Maemoisa_(Sinalepa)_vallavalitsus, lk 28
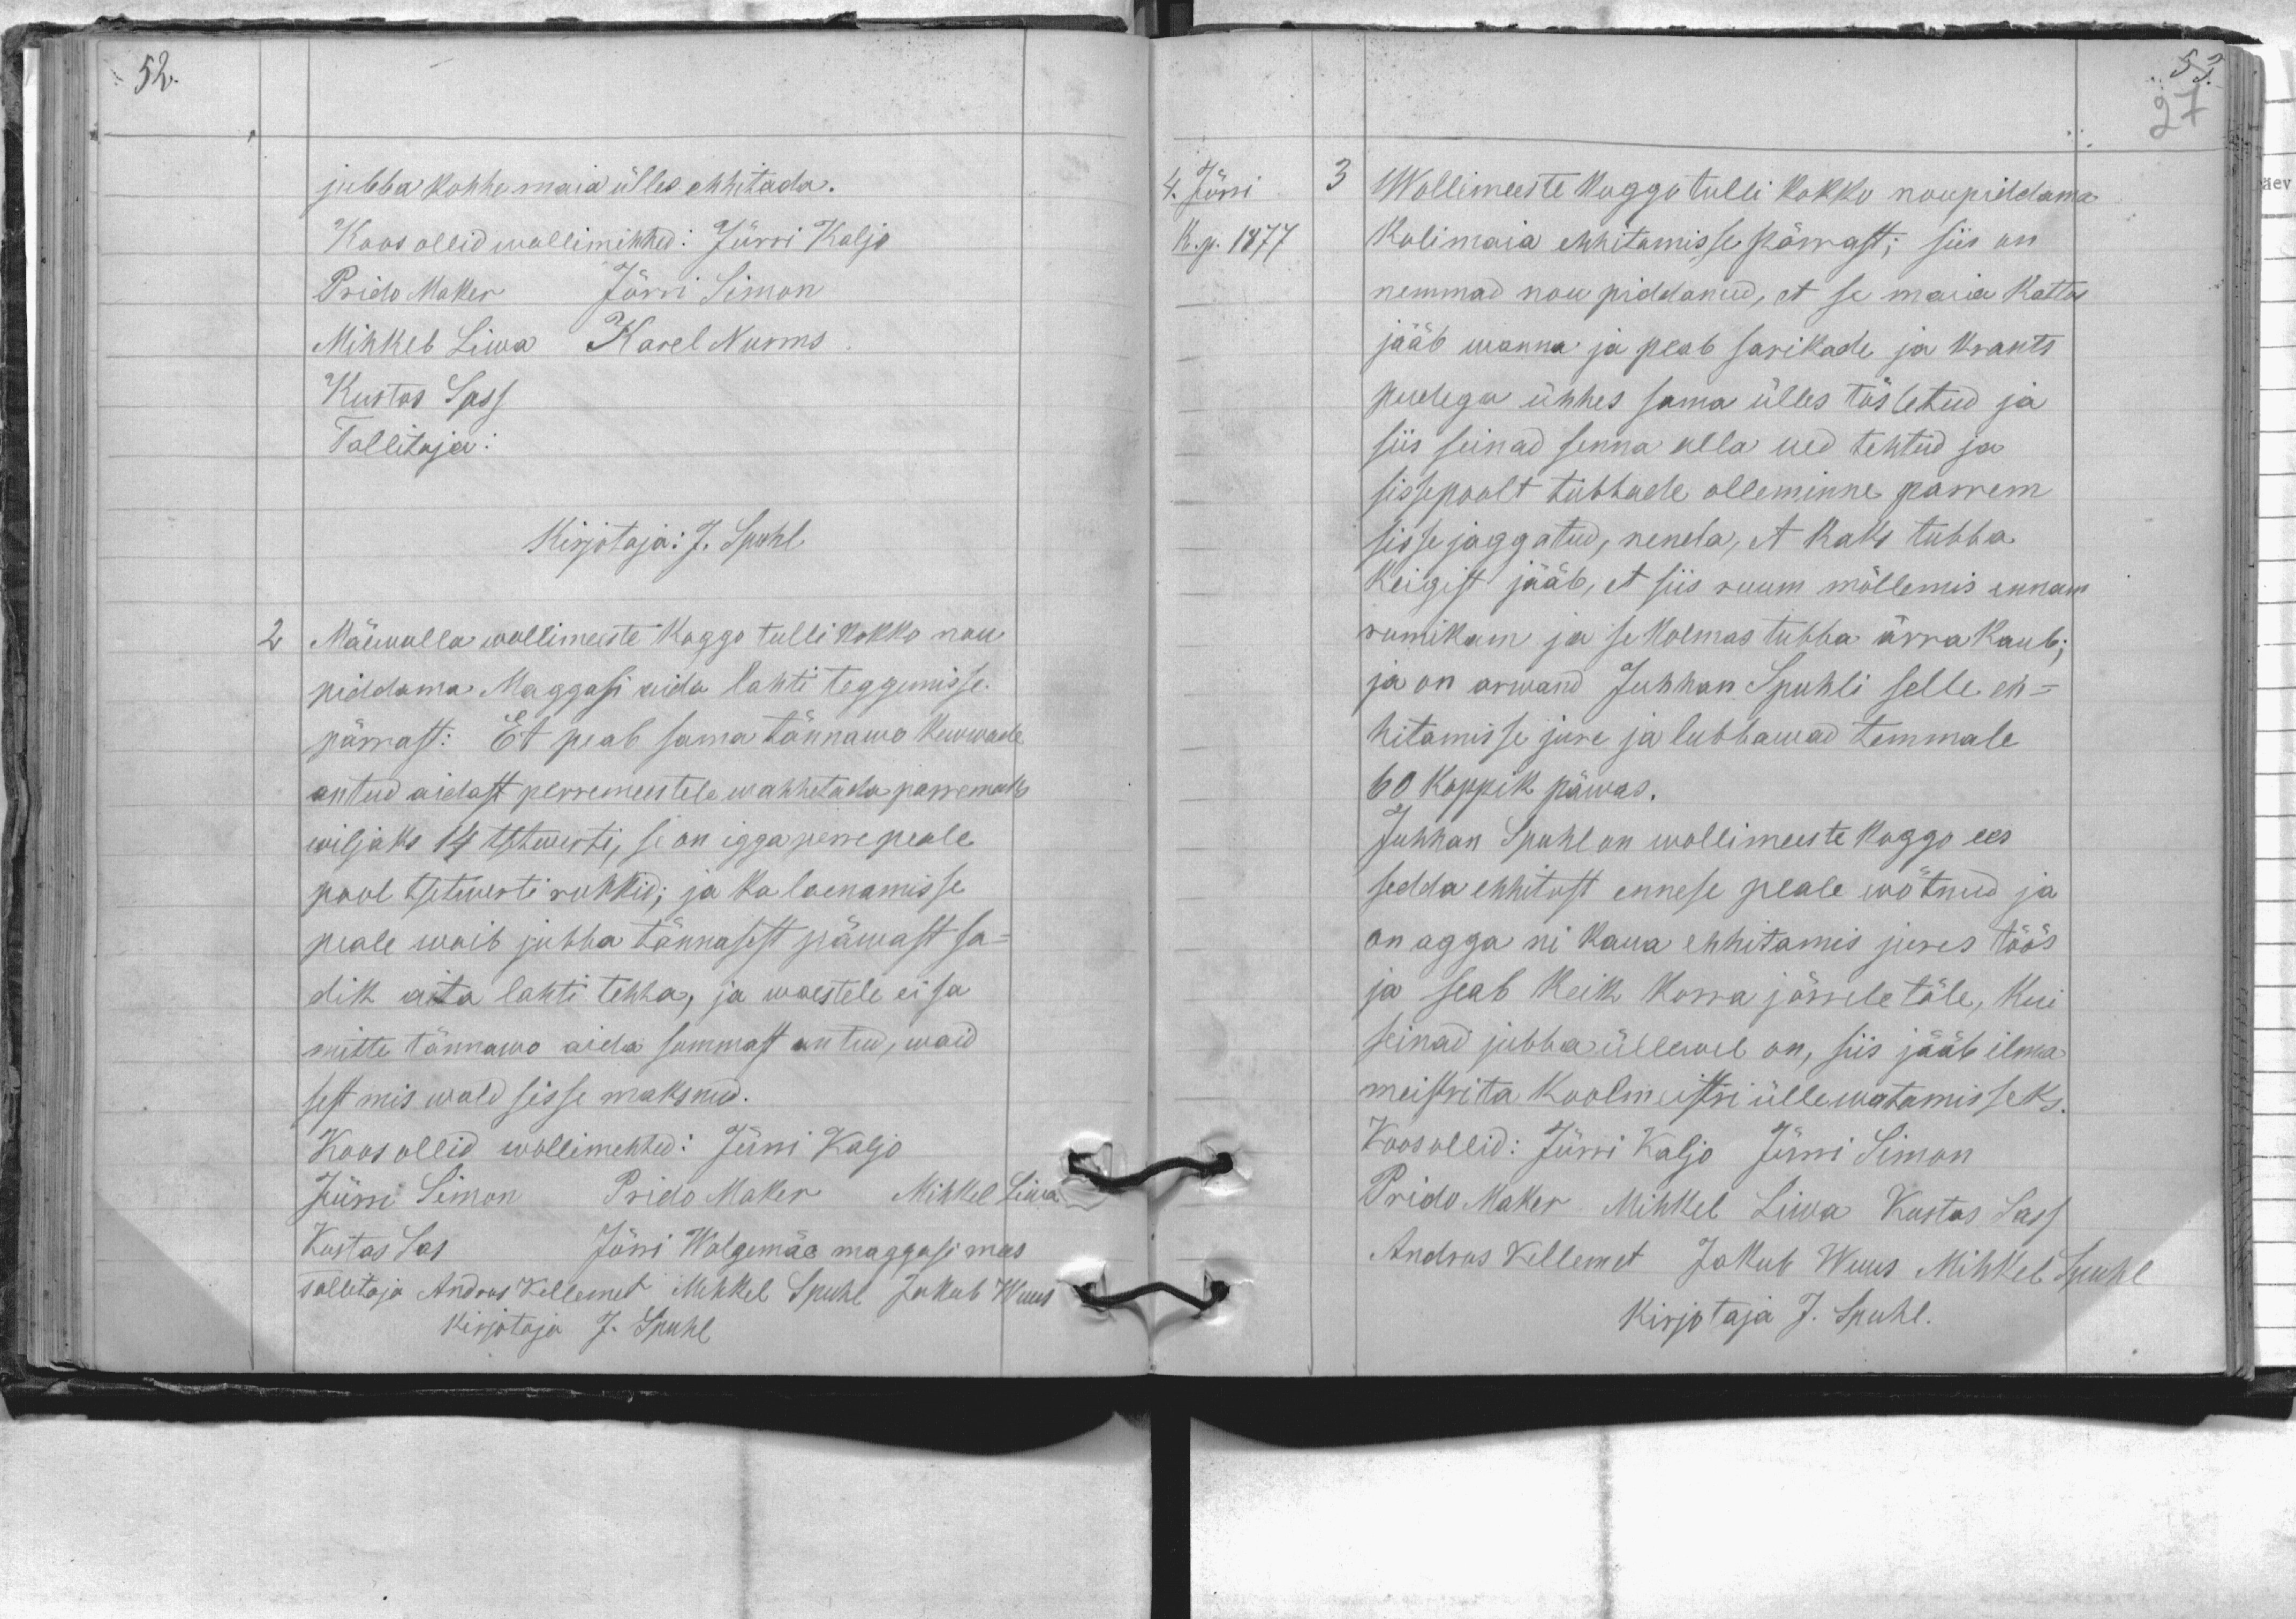
jubba kohhe maia ülles ehhitada.
Koos ollid wollimiehhed: Jürri Kaljo
Prido Maker Jürri Simon
Mihkel Liwa Karel Nurms
Kustas Sass
Tallitaja.
Kirjotaja: J. Spuhl
2
Mäewalla wollimeeste koggo tulli kokko nou
piddama Maggasi aida lahti teggemisse
pärrast: Et peab sama tännawo kewwade
antud aidast perremeestele wahhetada parremaks
wiljaks 14 tsetwerti, se on igga perre peale
pool tsetwerti rukkid; ja ka laenamisse
peale woib jubba tännasest päwast sa-
dik aita lahti tehha, ja waestele ei sa
mitte tännawo aida summast antud, waid
sest mis wald sisse maksnud.
Koos ollid wollimehhed: Jürri Kaljo
Jürri Simon Prido Maker Mihkel Liwa
Kustas Sas Jürri Walgemäe maggasi mees
Tallitaja Andres Kellemet Mihkel Spuhl Jakub Wuus
kirjotaja J. Spuhl

4. Jürri
3 Wollimeeste koggo tulli kokku noupiddama.
K. p. 1877.
Kolimaia ehhitamisse pärrast; siis on
nemmad nou piddanud, et se maia kattus
jääb wanna ja peab sarikade ja krants
pudega ühhes sama ülles tõstetud ja
siis seinad senna olla ued tehtud ja
sissepoolt tubbade olleminne parem
sisse jaggatud, nenda, et kaks tubba
keigist jääb, et siis ruum mõllemis ennam
rumikam ja se kolmas tubba ärra kaub;
ja on arwand Juhhan Spuhli selle eh-
hitamisse jure ja lubbawad temmale
60 koppik päwas.
Juhhan Spuhl on wollimeeste koggo ees
sedda ehhitust ennese peale wõtnud ja
on agga nii kaua ehhitamis jures töös
ja seab keik korra järrele töle, kui
seinad jubba üllewel on, siis jääb ilma
meistrita koolmeistri üllewatamisseks.
Koos ollid: Jürri Kaljo Jürri Simon
Prido Maker Mihkel Liwa Kustas Sass
Andrus Kellemet Jakub Wuus Mihkel Spuhl
Kirjotaja J. Spuhl